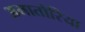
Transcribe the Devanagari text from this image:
अमातोरिया